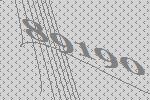
89190